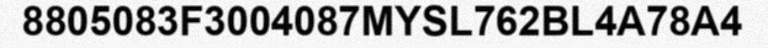
8805083F3004087MYSL762BL4A78A4